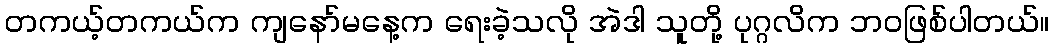
တကယ့်တကယ်က ကျနော်မနေ့က ရေးခဲ့သလို အဲဒါ သူတို့ ပုဂ္ဂလိက ဘဝဖြစ်ပါတယ်။